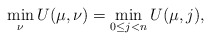
\begin{align*}\min_\nu U(\mu,\nu) = \min_{0 \leq j < n} U(\mu,j),\end{align*}